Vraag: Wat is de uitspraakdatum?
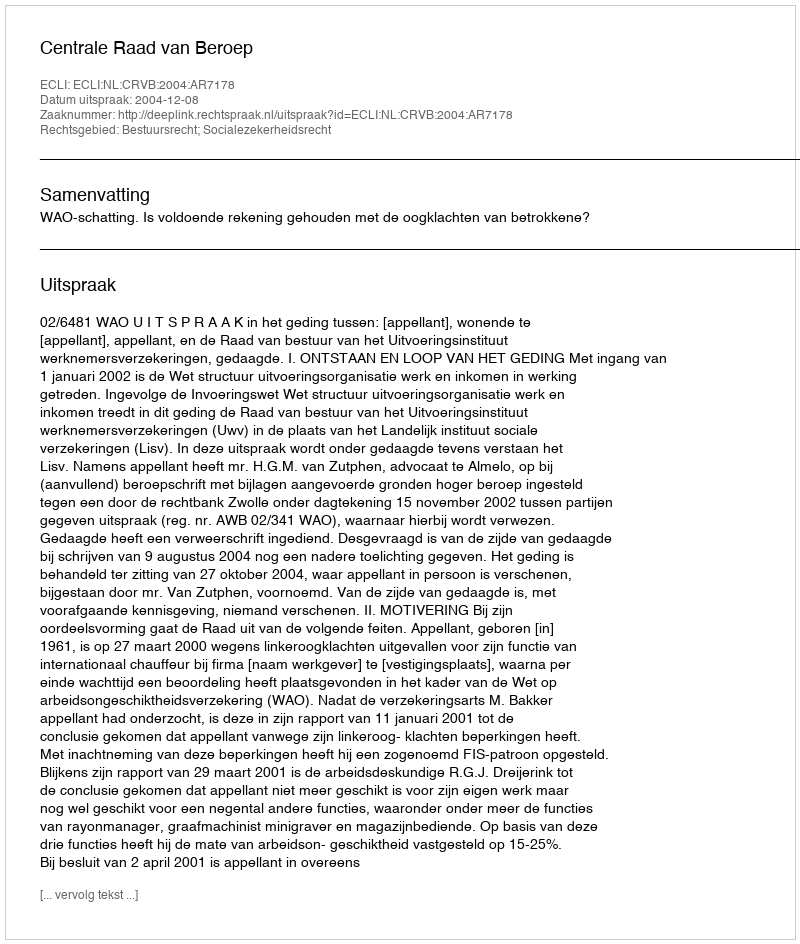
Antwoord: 2004-12-08